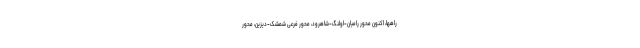
راهها، اکنون محور رامیان-اولنگ-شاهرود، محور فرعی شمشک-دیزین، محور